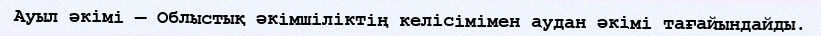
Ауыл әкімі — Облыстық әкімшіліктің келісімімен аудан әкімі тағайындайды.